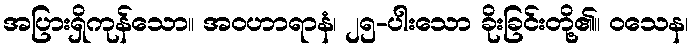
အပြားရှိကုန်သော။ အဝဟာရာနံ၊ ၂၅-ပါးသော ခိုးခြင်းတို့၏။ ဝသေန၊